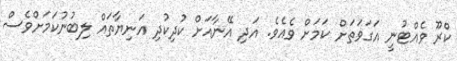
ކްރޫ ވެއްޓުނީ އަގަވަތަށް ކަމަށް ވެއެވެ. އަދި އޭނާއަށް ކުދިކުދި އަނިޔާތައް ލިބުނުކަމަށްވެސް